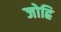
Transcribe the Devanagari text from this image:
जोह्रि